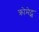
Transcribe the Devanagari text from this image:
क्रोमेट्स